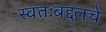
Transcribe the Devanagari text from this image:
स्वतःबद्दलचे